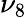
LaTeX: \nu_{8}